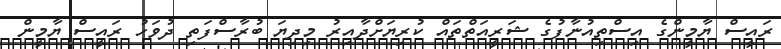
ރައީސް ޔާމީންގެ އިސްތިއުނާފުގެ ޝަރީއަތްތައް ކުރިޔަށްދާއިރު މިދިޔަ ބުރާސްފަތި ދުވަހު ރައީސް ޔާމީން